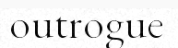
outrogue